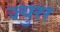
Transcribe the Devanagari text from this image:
ज्युरर